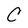
Character: C